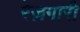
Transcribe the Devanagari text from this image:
रेज़गारी